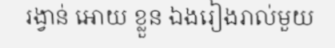
រង្វាន់ អោយ ខ្លួន ឯងរៀងរាល់មួយ